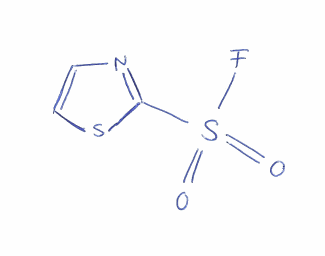
Simplified molecular-input line-entry system (SMILES) notation of the given molecule:
C1=CSC(=N1)S(=O)(=O)F